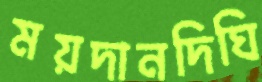
ময়দানদিঘি